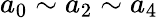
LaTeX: a_{0}\sim a_{2}\sim a_{4}